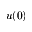
u ( 0 )